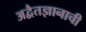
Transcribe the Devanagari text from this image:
अद्वैतज्ञानाची